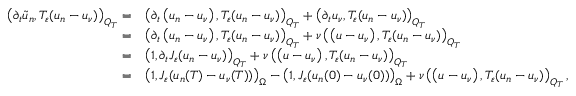
\begin{array} { r l } { \left( \partial _ { t } \tilde { u } _ { n } , T _ { \varepsilon } ( u _ { n } - u _ { \nu } ) \right) _ { Q _ { T } } = } & { \left( \partial _ { t } \left( u _ { n } - u _ { \nu } \right) , T _ { \varepsilon } ( u _ { n } - u _ { \nu } ) \right) _ { Q _ { T } } + \left( \partial _ { t } u _ { \nu } , T _ { \varepsilon } ( u _ { n } - u _ { \nu } ) \right) _ { Q _ { T } } } \\ { = } & { \left( \partial _ { t } \left( u _ { n } - u _ { \nu } \right) , T _ { \varepsilon } ( u _ { n } - u _ { \nu } ) \right) _ { Q _ { T } } + \nu \left( \left( u - u _ { \nu } \right) , T _ { \varepsilon } ( u _ { n } - u _ { \nu } ) \right) _ { Q _ { T } } } \\ { = } & { \left( 1 , \partial _ { t } J _ { \varepsilon } ( u _ { n } - u _ { \nu } ) \right) _ { Q _ { T } } + \nu \left( \left( u - u _ { \nu } \right) , T _ { \varepsilon } ( u _ { n } - u _ { \nu } ) \right) _ { Q _ { T } } } \\ { = } & { \left( 1 , J _ { \varepsilon } ( u _ { n } ( T ) - u _ { \nu } ( T ) ) \right) _ { \Omega } - \left( 1 , J _ { \varepsilon } ( u _ { n } ( 0 ) - u _ { \nu } ( 0 ) ) \right) _ { \Omega } + \nu \left( \left( u - u _ { \nu } \right) , T _ { \varepsilon } ( u _ { n } - u _ { \nu } ) \right) _ { Q _ { T } } , } \end{array}